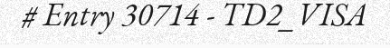
# Entry 30714 - TD2_VISA